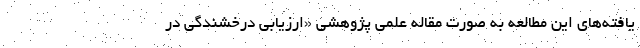
یافته‌های این مطالعه به صورت مقاله علمی پژوهشی «ارزیابی درخشندگی در